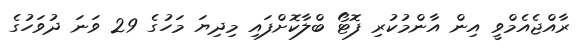
ރާއްޖެއެމްވީ އިން އާންމުކުރި ފޮޓޯ ބްލާކޮށްފައި މިދިޔަ މަހުގެ 29 ވަނަ ދުވަހުގެ